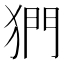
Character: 𪺿